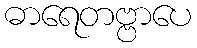
ဓာရေတဗ္ဗာပေ